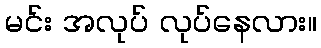
မင်း အလုပ် လုပ်နေလား။